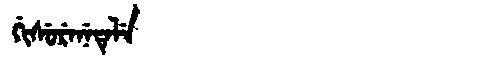
Manchu: ᡤᡳᠰᡠᡵᡝᠨᡝᡨᡝᠯᡝ
Romanization: GISURENETELE